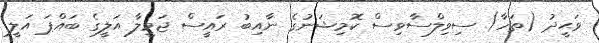
ވަޙީދު (ތަހާ) ސިވިލްސާވިސް ކޮމިޝަނުގެ ނާއިބު ރައީސް ޖަމީލާ އަލީގެ ބައްޕަ އަލީ